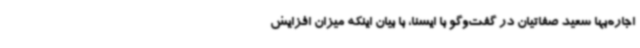
اجاره‌بها سعید صفاتیان در گفت‌وگو با ایسنا، با بیان اینکه میزان افزایش